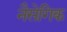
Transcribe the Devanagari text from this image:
नैसेगिक